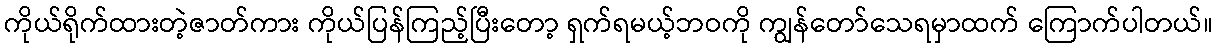
ကိုယ်ရိုက်ထားတဲ့ဇာတ်ကား ကိုယ်ပြန်ကြည့်ပြီးတော့ ရှက်ရမယ့်ဘဝကို ကျွန်တော်သေရမှာထက် ကြောက်ပါတယ်။